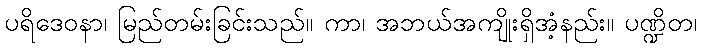
ပရိဒေဝနာ၊ မြည်တမ်းခြင်းသည်။ ကာ၊ အဘယ်အကျိုးရှိအံ့နည်း။ ပဏ္ဍိတ၊